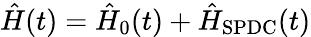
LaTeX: \hat{H}(t)=\hat{H}_{0}(t)+\hat{H}_{\mathrm{SPDC}}(t)